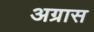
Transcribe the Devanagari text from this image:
अग्रास